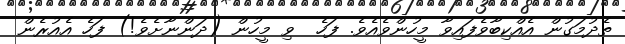
ތެދުމަގުން އެއްކިބާވެފައިވާ މީހުންވެއެވެ. ފަހެ  ވި މީހުން (ދަންނާށެވެ!) ފަހެ އެއުރެން